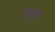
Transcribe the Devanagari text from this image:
निर्‍हा